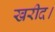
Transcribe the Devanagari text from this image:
खरीद।